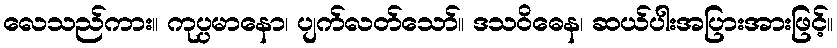
လေသည်ကား။ ကုပ္ပမာနော၊ ပျက်လတ်သော်။ ဒသဝိဓေန၊ ဆယ်ပါးအပြားအားဖြင့်။